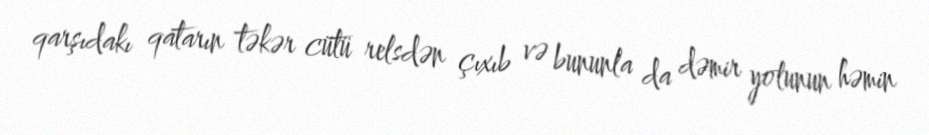
qarşıdakı qatarın təkər cütü relsdən çıxıb və bununla da dəmir yolunun həmin